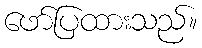
ဖော်ပြထားသည်။